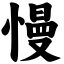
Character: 慢